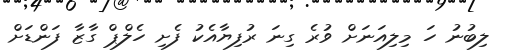
ލިބުނު ހަ މިލިއަނަށް ވުރެ ގިނަ ރުފިޔާއެކު ފެށި ހެލްޕް ގާޒާ ފަންޑަށް